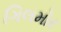
ગિલમોર